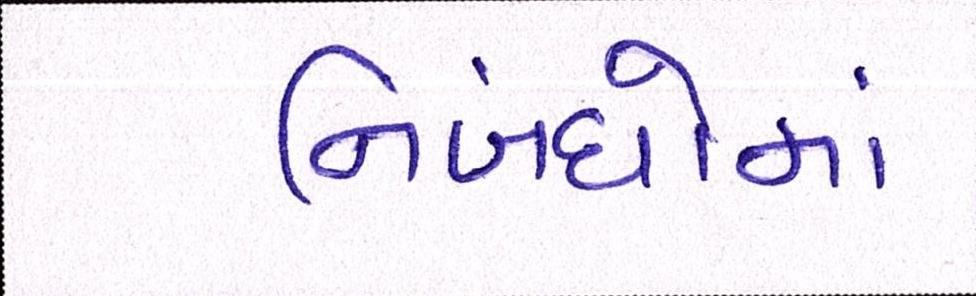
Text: નિબંધોમાં